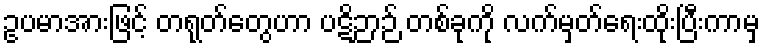
ဥပမာအားဖြင့် တရုတ်တွေဟာ ပဋိဉာဉ် တစ်ခုကို လက်မှတ်ရေးထိုးပြီးကာမှ